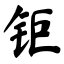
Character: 钜